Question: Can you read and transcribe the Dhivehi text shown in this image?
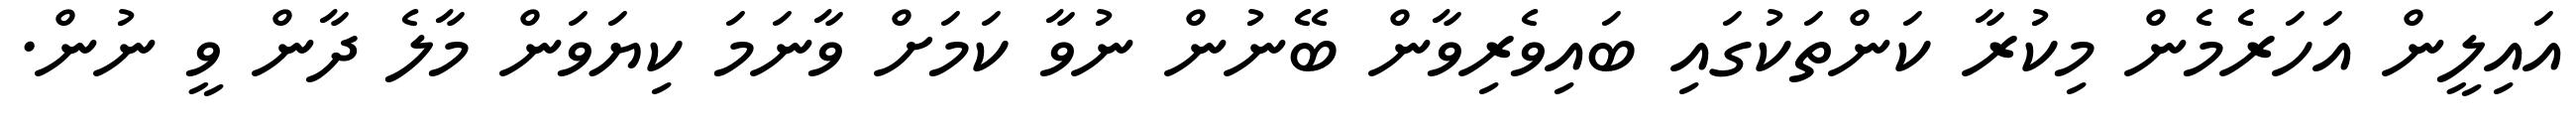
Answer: އައިލީން އަހަރެމެން މިކުރާ ކަންތަކުގައި ބައިވެރިވާން ބޭނުން ނުވާ ކަމަށް ވާނަމަ ކިޔަވަން މާލެ ދާން ވީ ނުން.